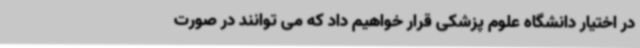
در اختیار دانشگاه علوم پزشکی قرار خواهیم داد که می توانند در صورت